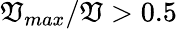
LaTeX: \mathfrak{V}_{max}/\mathfrak{V}>0.5